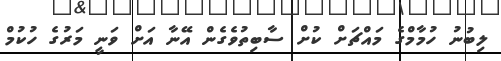
ލިބުނު ހުމާމްގެ މައްޗަށް ކުށް ސާބިތުވެގެން އޭނާ އަށް ވަނީ މަރުގެ ހުކުމް